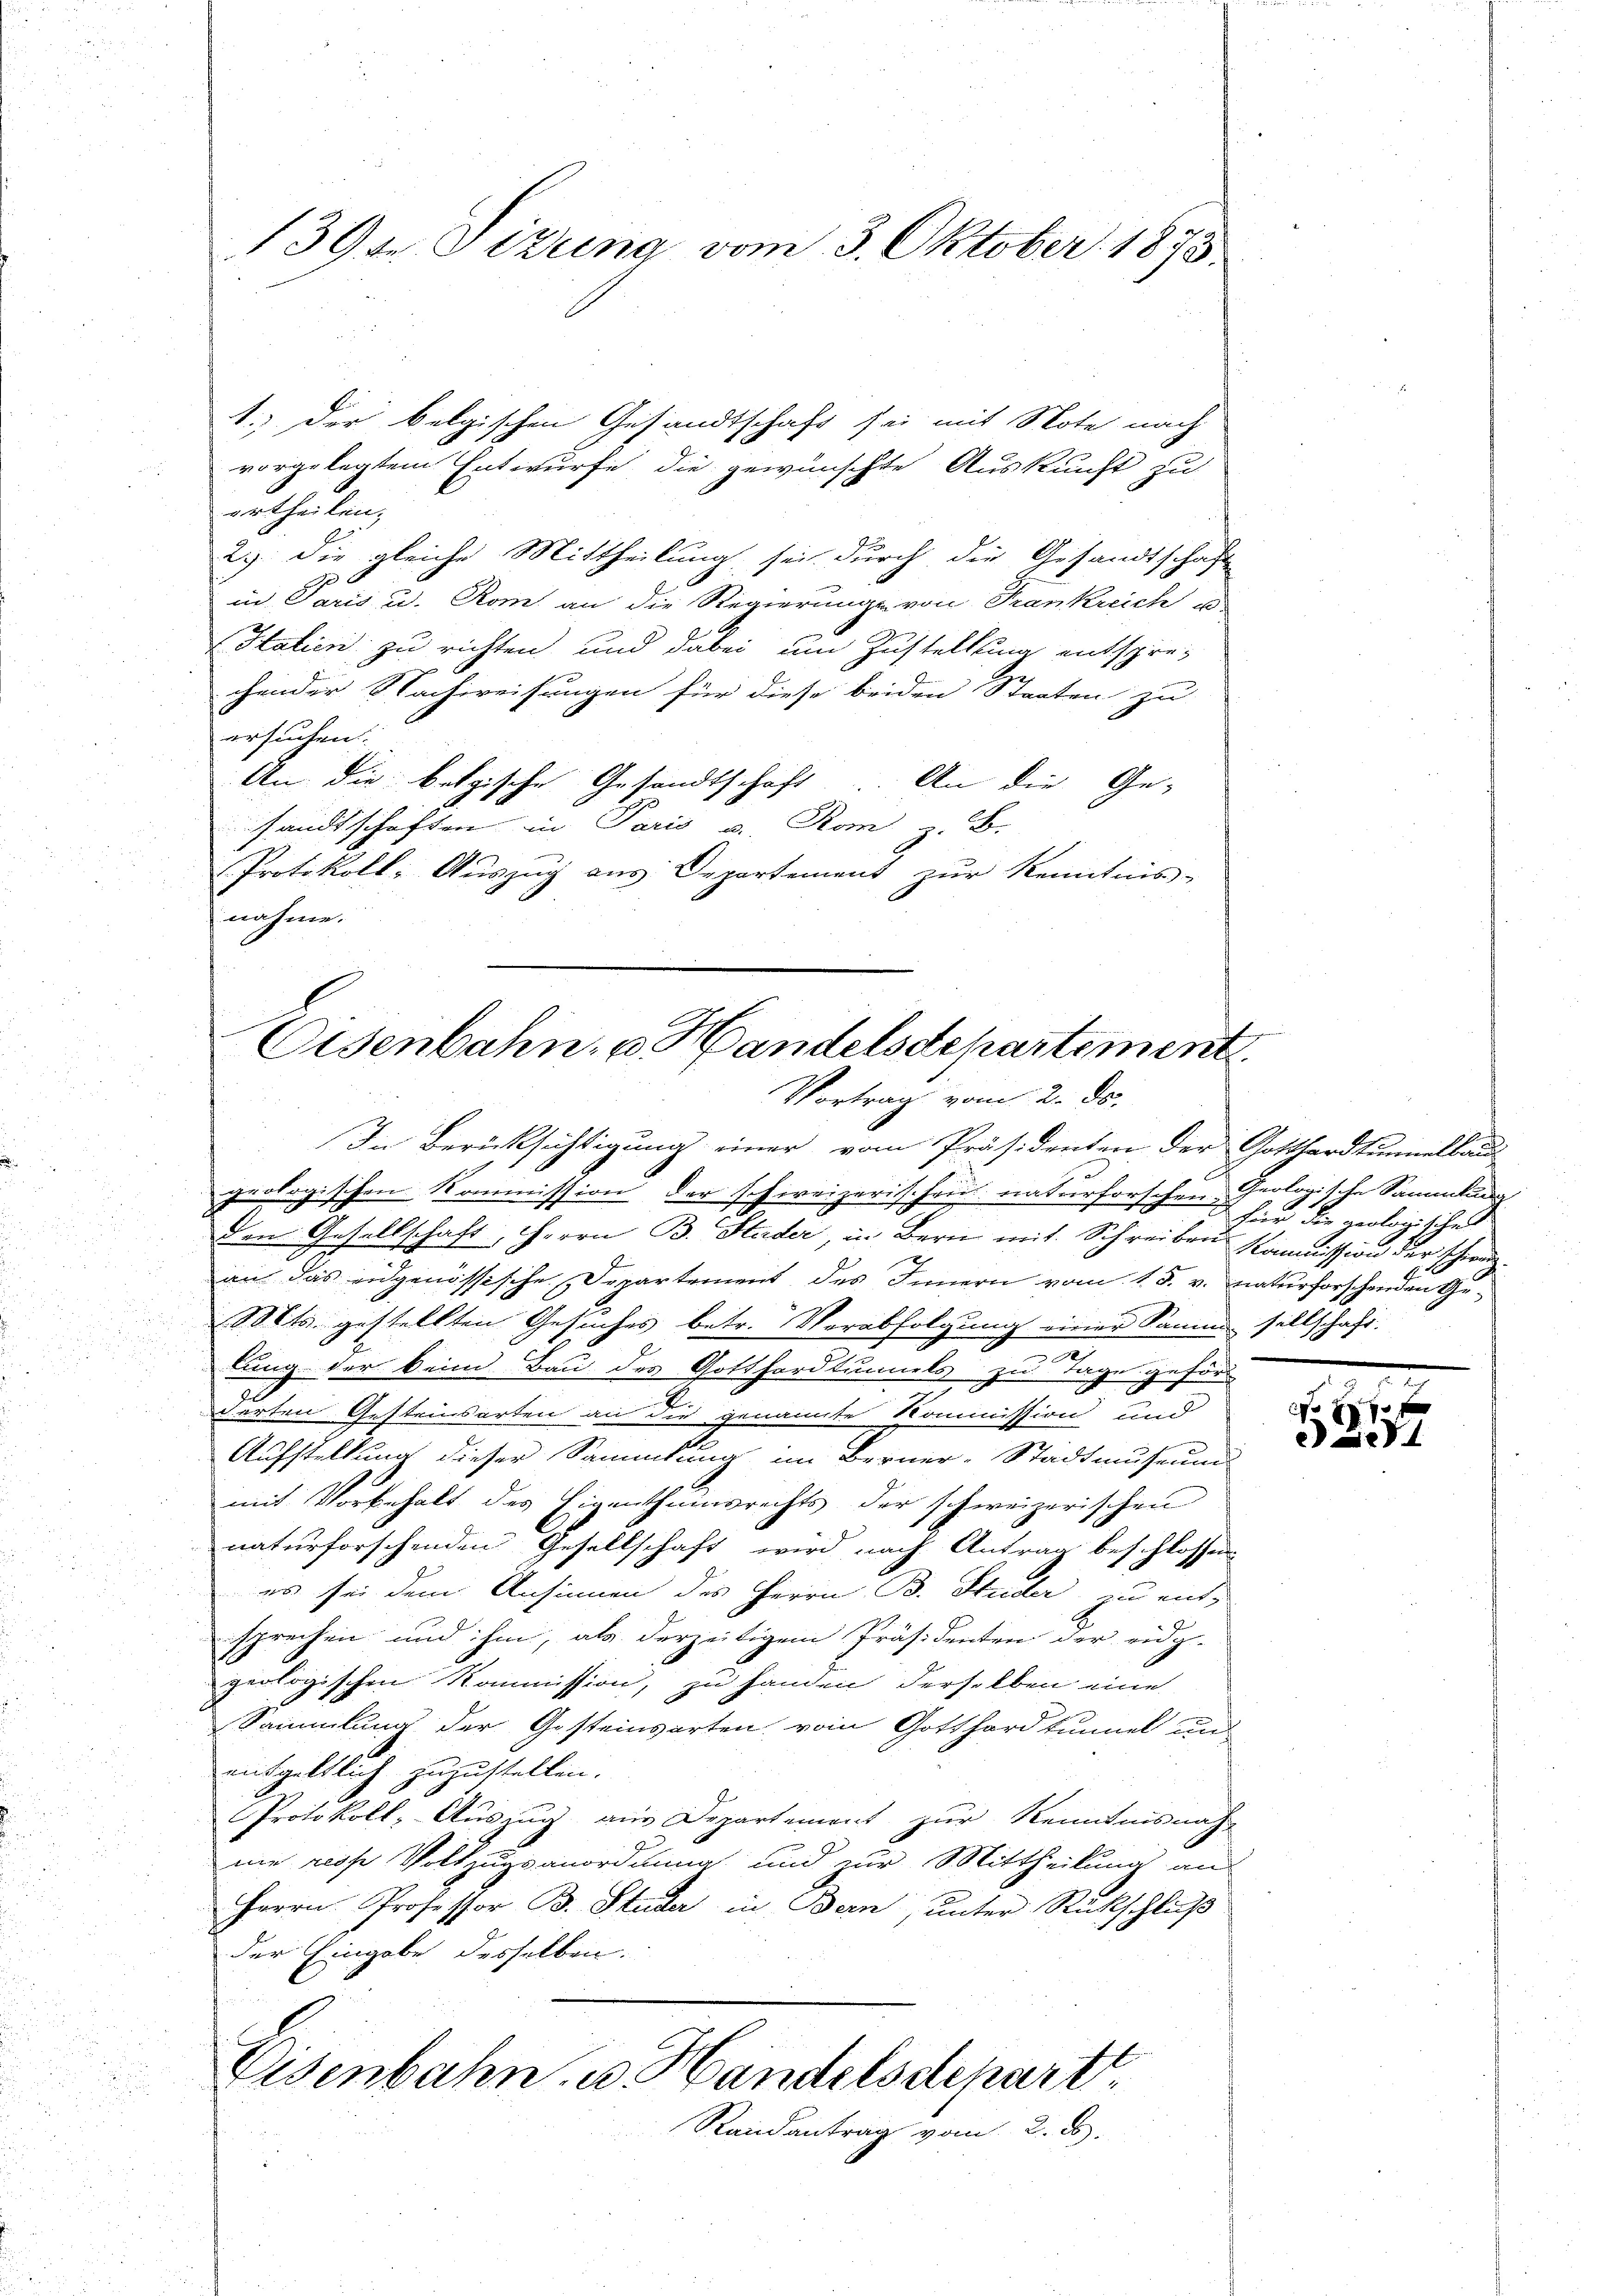
1394 Sizung vom 3. Oktober 1875

urtheilen.
2.) Die gleiche Mittheilung, sei durch die Gesandtschaft
in Paris u. Rom an die Regierung von Trankreich es
Italien zu richten und dabei um Zustellung entspre-
chender Nachweisungen für diese beiden Staaten zu
ersuchen.
An die betrische Gesandtschaft An die Ge-
sandtschaften in Paris u. Rom z. B.
Protokoll- Auszug aus Departement zur Kenntnis-
nahme.

1.) Der belgischen Gesandtschaft sei mit Note nach
vorgelegtem Entwurfe die gewünschte Auskunft zu

Eisenbahn, u. Handelsdepartement.
Vortrag vom 2. ds.
In Berücksichtigung einer vom Präsidenten der Gotthardtunnellaus
geologischen Kommission der schweizerischeus naturforschen Geologische Sammlung

den Gesellschaft, Herrn B. Studer, in Bern mit Schreiben Kommission der schwarzan das eidgenössische Departement des Innern vom 15. v. naturforschenden Ge¬
Mts. gestellten Gesuches betr. Verabfolgung einer Samme sellschaft.
lung der kein Bau des Gottfordtunnels zu Tage geförd
.
derten Gesteinsarten an die genannte Kommission und
Aufstellung dieser Sammlung im Berner-Stadtmuseum
mit Vorbehalt des Eigenthumsrechts der schweizerischen
naturforschenden Gesellschaft wird nach Antrag beschlossen:
es sei dem Ansinnen des Herrn B. Studer zu ent-
sprechen und ihm, als derzeitigem Präsidenten der eidg-
geologischen Kommission, zu handen derselben eine
Sammlung der Gesteinwarten vom Gotthardtunnel un
entgeltlich zuzustellen.
Protokoll- Auszug aus Departement zur Kenntnisnah
ne resse Vollzugsanordnung und zur Mittheilung an
Herrn Professor B. Studer in Bern, unter Rückschluß
der Eingabe desselben.
Disenbahn u. Handelsdepart.
Randantrag vom 2. ds.

Eine die geologischen

2
10 x
e